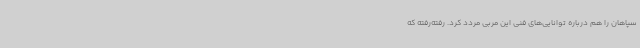
سپاهان را هم درباره توانایی‌های فنی این مربی مردد کرد. رفته‌رفته که